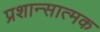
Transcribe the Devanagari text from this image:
प्रशान्सात्मक